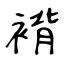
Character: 褙